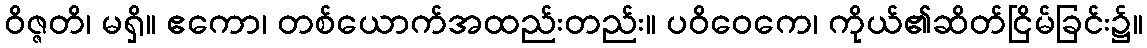
ဝိဇ္ဇတိ၊ မရှိ။ ဧကော၊ တစ်ယောက်အထည်းတည်း။ ပဝိဝေကေ၊ ကိုယ်၏ဆိတ်ငြိမ်ခြင်း၌။